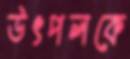
উৎপলকে